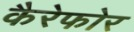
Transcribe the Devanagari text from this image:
कैरेफोर